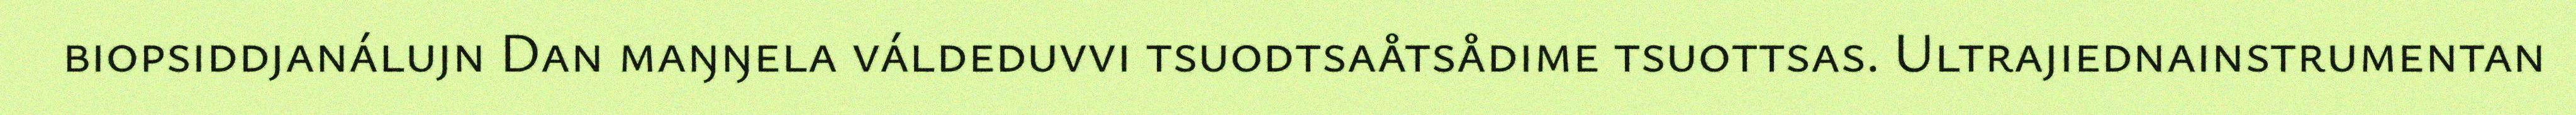
biopsiddjanálujn Dan maŋŋela váldeduvvi tsuodtsaåtsådime tsuottsas. Ultrajiednainstrumentan